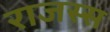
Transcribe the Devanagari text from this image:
राजस्स